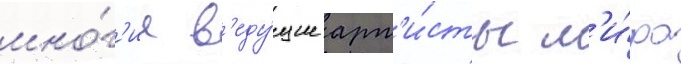
мно́г'ие в'еду́щие арт'и́сты м'и́ра